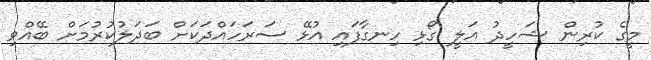
މީގެ ކުުރިން ޝަހީދު އަލީ ގޯޅި ހިނގާފައި އުޅޭ ސަރަހައްދަކަށް ބަދަލުކުރުމަށް ބޭއްވި